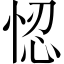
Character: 𢚴